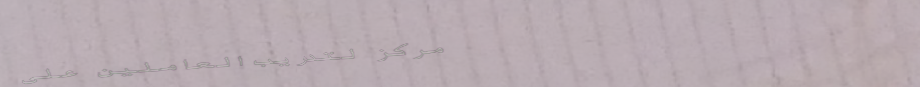
مركز لتدريب العاملين على